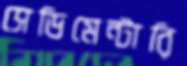
সেডিমেন্টারি